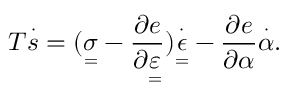
T \overset { \cdot } { s } = ( \underset { = } { \sigma } - \frac { \partial e } { \partial \underset { = } { \varepsilon } } ) \overset { \cdot } { \underset { = } { \epsilon } } - \frac { \partial e } { \partial \alpha } \overset { \cdot } { \alpha } .